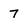
Character: 7